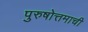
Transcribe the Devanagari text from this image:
पुरुषोत्तमाची